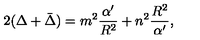
2 ( \Delta + \bar { \Delta } ) = m ^ { 2 } \frac { \alpha ^ { \prime } } { R ^ { 2 } } + n ^ { 2 } \frac { R ^ { 2 } } { \alpha ^ { \prime } } ,